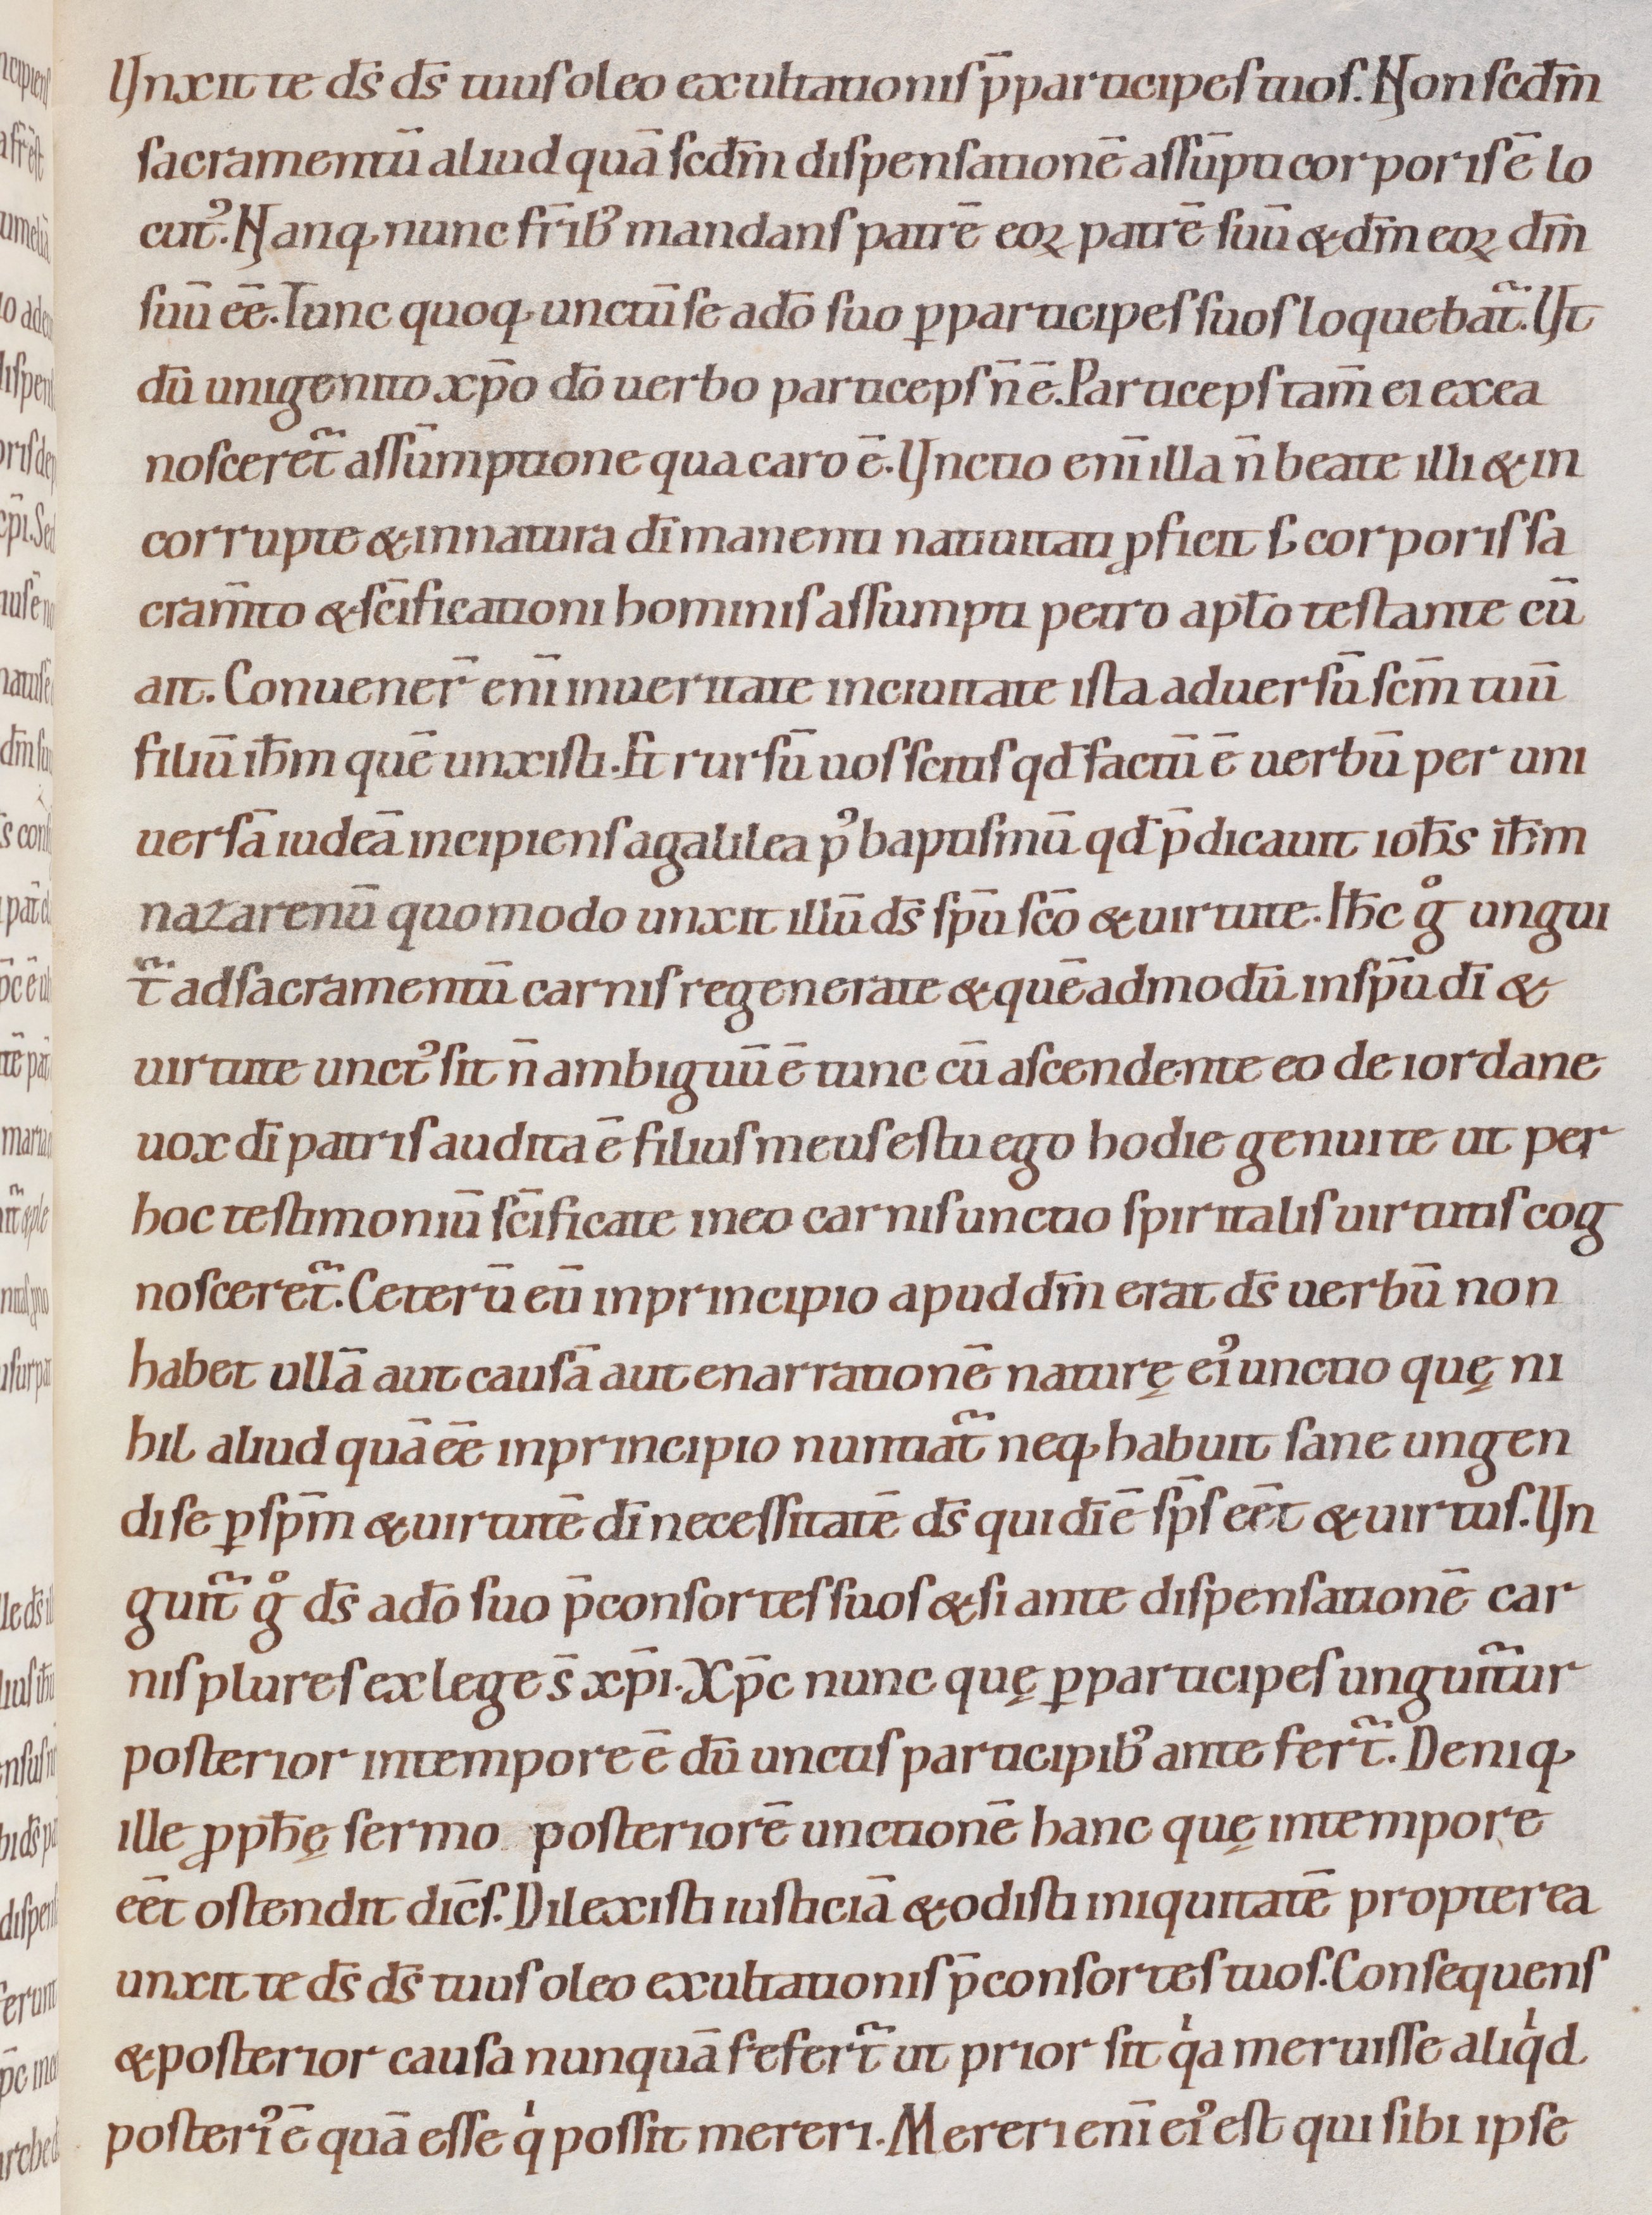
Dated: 1080–1096